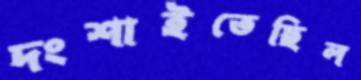
দংশাইতেছিল